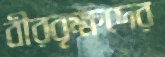
বীরবৃক্ষদের